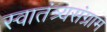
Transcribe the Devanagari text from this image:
स्वातंत्र्यसंग्राम